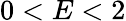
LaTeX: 0<E<2